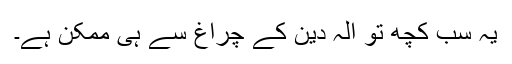
یہ سب کچھ تو الہ دین کے چراغ سے ہی ممکن ہے۔